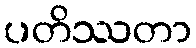
ပတိဿတာ